Indian journal of veterinary science and animal husbandry - Volume 3,
Year: 1933
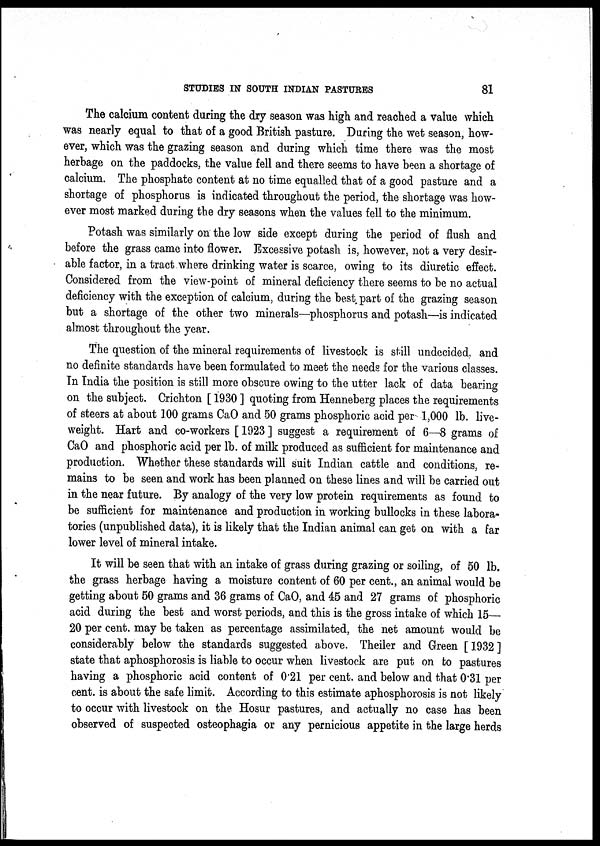
STUDIES IN SOUTH INDIAN PASTURES
81
The calcium content during the dry season was high and reached a value which
was nearly equal to that of a good British pasture. During the wet season, how-
ever, which was the grazing season and during which time there was the most
herbage on the paddocks, the value fell and there seems to have been a shortage of
calcium. The phosphate content at no time equalled that of a good pasture and a
shortage of phosphorus is indicated throughout the period, the shortage was how-
ever most marked during the dry seasons when the values fell to the minimum.
Potash was similarly on the low side except during the period of flush and
before the grass came into flower. Excessive potash is, however, not a very desir-
able factor, in a tract where drinking water is scarce, owing to its diuretic effect.
Considered from the view-point of mineral deficiency there seems to be no actual
deficiency with the exception of calcium, during the best part of the grazing season
but a shortage of the other two minerals—phosphorus and potash—is indicated
almost throughout the year.
The question of the mineral requirements of livestock is still undecided., and
no definite standards have been formulated to meet the needs for the various classes.
In India the position is still more obscure owing to the utter lack of data bearing
on the subject. Crichton [ 1930 ] quoting from Henneberg places the requirements
of steers at about 100 grams CaO and 50 grams phosphoric acid per 1,000 lb. live-
weight. Hart and co-workers [ 1923 ] suggest a requirement of 6—8 grams of
CaO and phosphoric acid per lb. of milk produced as sufficient for maintenance and
production. Whether these standards will suit Indian cattle and conditions, re-
mains to be seen and work has been planned on these lines and will be carried out
in the near future. By analogy of the very low protein requirements as found to
be sufficient for maintenance and production in working bullocks in these labora-
tories (unpublished data), it is likely that the Indian animal can get on with a far
lower level of mineral intake.
It will be seen that with an intake of grass during grazing or soiling, of 50 lb.
the grass herbage having a moisture content of 60 per cent., an animal would be
getting about 50 grams and 36 grams of CaO, and 45 and 27 grams of phosphoric
acid during the best and worst periods, and this is the gross intake of which 15—
20 per cent. may be taken as percentage assimilated, the net amount would be
considerably below the standards suggested above. Theiler and Green [1932]
state that aphosphorosis is liable to occur when livestock are put on to pastures
having a phosphoric acid content of 0.21 per cent. and below and that 0.31 per
cent. is about the safe limit. According to this estimate aphosphorosis is not likely
to occur with livestock on the Hosur pastures, and actually no case has been
observed of suspected osteophagia or any pernicious appetite in the large herds